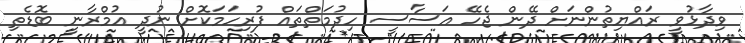
ވިދާޅުވީ ރައްޔިތުންނަށް ދޭން ޖެހޭ އަސާސީ ހިދުމަތްތައް ފުރިހަމަކޮށް ނުދީ އުމްރާނީ ބޮޑެތި